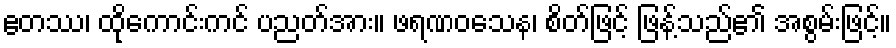
ဧတဿ၊ ထိုကောင်းကင် ပညတ်အား။ ဖရဏဝသေန၊ စိတ်ဖြင့် ဖြန့်သည်၏ အစွမ်းဖြင့်။